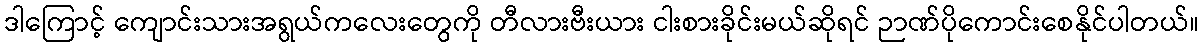
ဒါကြောင့် ကျောင်းသားအရွယ်ကလေးတွေကို တီလားဗီးယား ငါးစားခိုင်းမယ်ဆိုရင် ဉာဏ်ပိုကောင်းစေနိုင်ပါတယ်။